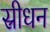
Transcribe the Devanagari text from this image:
स्रीधन